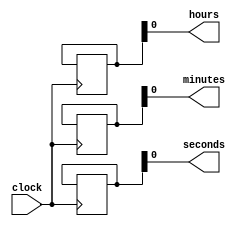
module clock_divider(
  input wire clock,
  output wire hours,
  output wire minutes,
  output wire seconds
);

reg [3:0] hours_reg;
reg [5:0] minutes_reg;
reg [5:0] seconds_reg;

reg [11:0] counter;

always @(posedge clock) begin
  counter <= counter + 1;
  
  if (counter == 12000000) begin // Dividing by 12,000,000 for 1 Hz output frequency
    counter <= 0;
    
    seconds_reg <= seconds_reg + 1;
    
    if (seconds_reg == 60) begin
      seconds_reg <= 0;
      
      minutes_reg <= minutes_reg + 1;
      
      if (minutes_reg == 60) begin
        minutes_reg <= 0;
        
        hours_reg <= hours_reg + 1;
        
        if (hours_reg == 24) begin
          hours_reg <= 0;
        end
      end
    end
  end
end

assign hours = hours_reg;
assign minutes = minutes_reg;
assign seconds = seconds_reg;

endmodule